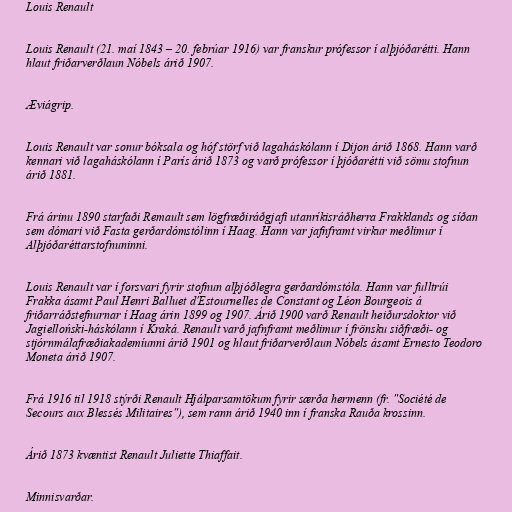
Louis Renault

Louis Renault (21. maí 1843 – 20. febrúar 1916) var franskur prófessor í alþjóðarétti. Hann
hlaut friðarverðlaun Nóbels árið 1907.

Æviágrip.

Louis Renault var sonur bóksala og hóf störf við lagaháskólann í Dijon árið 1868. Hann varð
kennari við lagaháskólann í París árið 1873 og varð prófessor í þjóðarétti við sömu stofnun
árið 1881.

Frá árinu 1890 starfaði Remault sem lögfræðiráðgjafi utanríkisráðherra Frakklands og síðan
sem dómari við Fasta gerðardómstólinn í Haag. Hann var jafnframt virkur meðlimur í
Alþjóðaréttarstofnuninni.

Louis Renault var í forsvari fyrir stofnun alþjóðlegra gerðardómstóla. Hann var fulltrúi
Frakka ásamt Paul Henri Balluet d'Estournelles de Constant og Léon Bourgeois á
friðarráðstefnurnar í Haag árin 1899 og 1907. Árið 1900 varð Renault heiðursdoktor við
Jagielloński-háskólann í Kraká. Renault varð jafnframt meðlimur í frönsku siðfræði- og
stjórnmálafræðiakademíunni árið 1901 og hlaut friðarverðlaun Nóbels ásamt Ernesto Teodoro
Moneta árið 1907.

Frá 1916 til 1918 stýrði Renault Hjálparsamtökum fyrir særða hermenn (fr. "Société de
Secours aux Blessés Militaires"), sem rann árið 1940 inn í franska Rauða krossinn.

Árið 1873 kvæntist Renault Juliette Thiaffait.

Minnisvarðar.